Tezpur Lunatic Asylum reports 1877-1894 - 1877-1894
Year: 1877
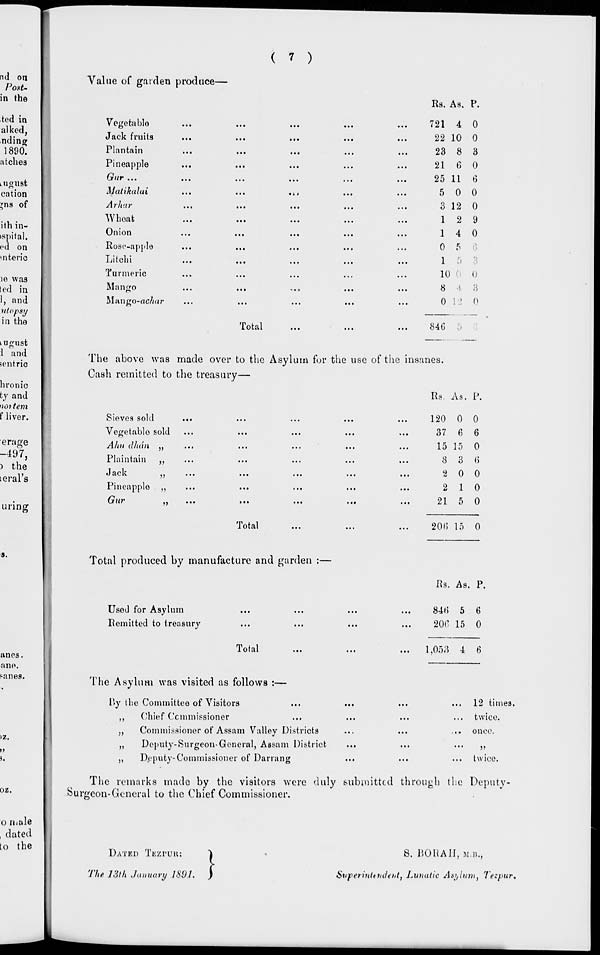
( 7 )
Value of garden produce—
Vegetablo
Jack fruits
Plantain
Pineapple
Gur ...
Malikalui
Arhar
Wheat
Onion
Rose-apple
Li toll i
Turmeric
Mango
Mango-flc/mr
Rs. As. P.
721 4 0
22 10 0
23 8 3
21 6 0
25 11 6
5 0 0
3 12 0
12 9
14 0
0 5
1 5
10 0 0
8 4 3
0 12 0
Total
84G
The above was made over to the Asylum for the use of the insanes.
Cash remitted to the treasury—
Sieves sold
Vegetablo sold
Ahu dhdn JJ
Plaintain »
J ack
V
Pineapple >J
Gur
)}
Total
Rs As. P.
120 0 0
37 6 6
15 15 0
8 3 6
2 0 0
2 10
21 5 0
206 15 0
Total produced by manufacture and garden :—
Used for Asylum
Remitted to treasury
Total
Rs. As. P.
84(5 5 6
20C 15 0
1,053 4 6
The Asylum was visited as follows :—
By the Committee of Visitors
Chief Commissioner
Commissioner of Assam Valley Districts
Deputy-Surgeon-General, Assam District
>>
Deputy-Commissioner of Darning
12 times.
twice.
once.
twice.
The remarks made by the visitors were duly submitted through the Deputy
Surgeon-General to the Chief Commissioner.
DATED TBZPUH:
The 13th January ISO ,}
S. 110HAII, M.B.,
Swperintttalent } Lunatic As'/lum, l'e:pur.